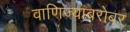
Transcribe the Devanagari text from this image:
वाणिज्याबरोबर